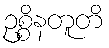
ဥစ္စိနတူတိ